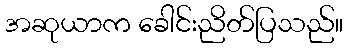
အဆုယာက ခေါင်းညိတ်ပြသည်။